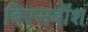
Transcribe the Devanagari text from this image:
बिएसबॉश